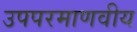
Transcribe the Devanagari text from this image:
उपपरमाणवीय